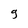
Character: g